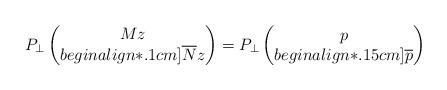
LaTeX: \begin{align*}P_{\perp} \begin{pmatrix} Mz \\begin{align*}.1cm] \overline{N}z \end{pmatrix} = P_{\perp}\begin{pmatrix} p \\begin{align*}.15cm] \overline{p} \end{pmatrix}\end{align*}